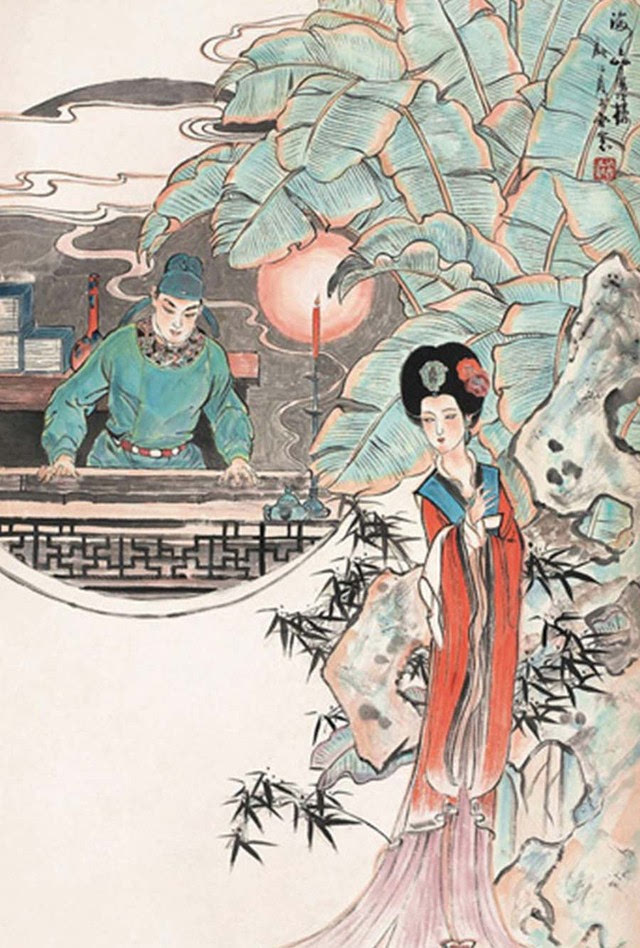
酒肆人间世，琴台日暮云。